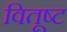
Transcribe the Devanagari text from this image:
वितूष्ट